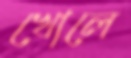
খোলে